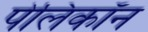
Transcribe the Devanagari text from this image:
पेलिकॉन